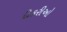
દીકરીઓ